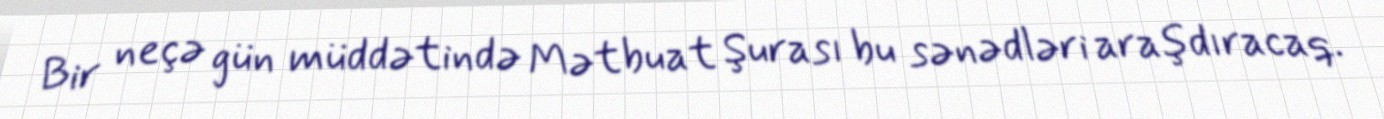
Bir neçə gün müddətində Mətbuat Şurası bu sənədləri araşdıracaq.